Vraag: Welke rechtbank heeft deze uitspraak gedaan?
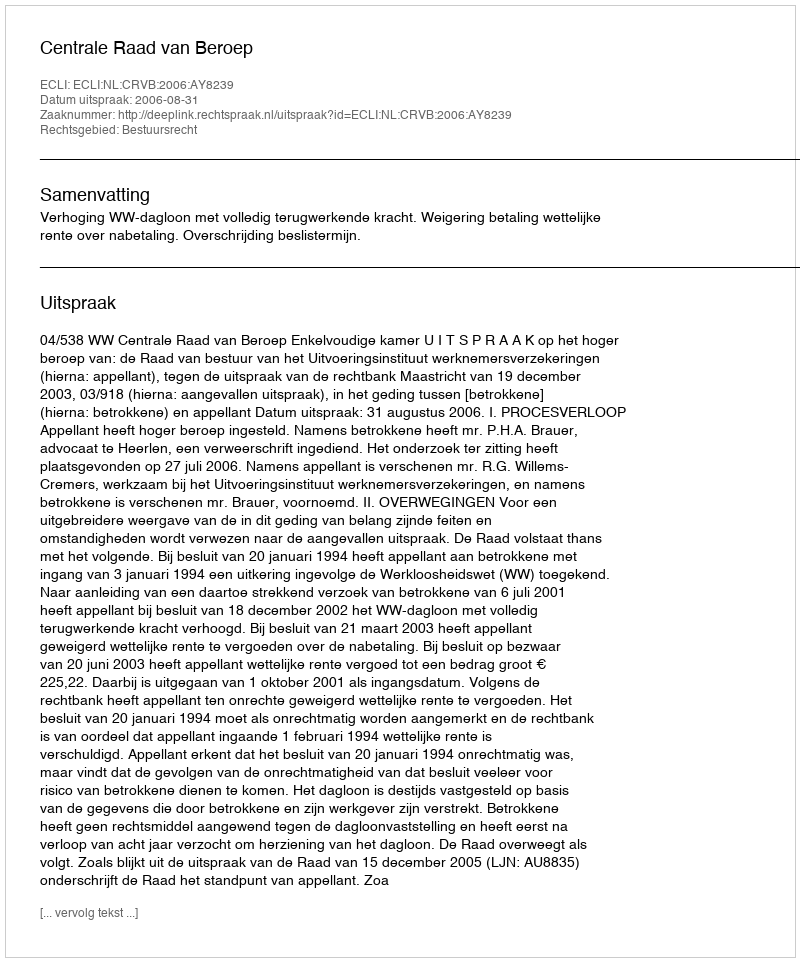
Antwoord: Centrale Raad van Beroep